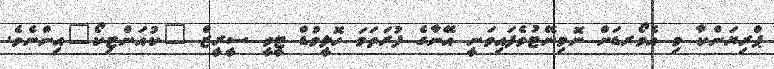
ޕްރިޔަންކާ މި އެވޯރޑަށް ނޮމިނޭޓުވެފައިވަނީ އޭނާގެ ފުރަތަމަ ހޮލީވުޑް ޓީވީ ސީރީޒް "ކުއަންޓިކޯ"އިންނެވެ.